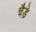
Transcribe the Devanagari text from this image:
चैडे़